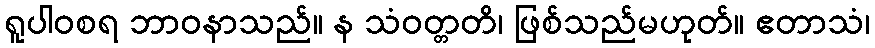
ရူပါဝစရ ဘာဝနာသည်။ န သံဝတ္တတိ၊ ဖြစ်သည်မဟုတ်။ ဧတာသံ၊